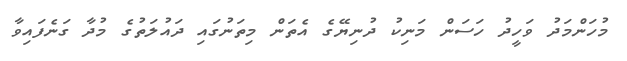
މުހަންމަދު ވަހީދު ހަސަން މަނިކު ދުނިޔޭގެ އެތަން މިތަނުގައި ދައުލަތުގެ މުދާ ގަނެފައިވާ